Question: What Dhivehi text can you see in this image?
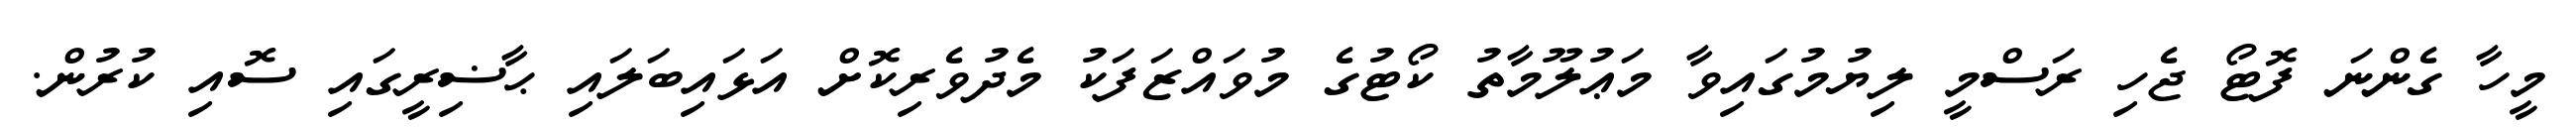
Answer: މީހާ ގެންނަ ފޮޓޯ ޖެހި ރަސްމީ ލިޔުމުގައިވާ މަޢުލޫމާތު ކޯޓުގެ މުވައްޒަފަކު މެދުވެރިކޮށް އަޅައިބަލައި ޙާޟިރީގައި ސޮއި ކުރުން.